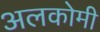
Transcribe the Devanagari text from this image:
अलकोमी